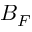
B _ { F }